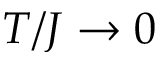
T / J \rightarrow 0